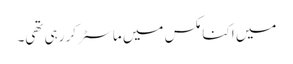
میں اکنامکس میں ماسٹر کر رہی تھی۔